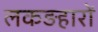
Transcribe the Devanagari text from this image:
लकड़हारों